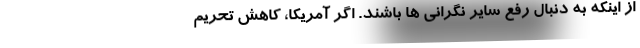
از اینکه به دنبال رفع سایر نگرانی ها باشند. اگر آمریکا، کاهش تحریم